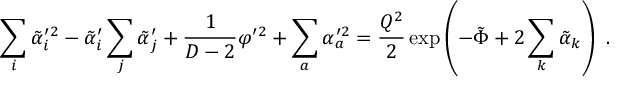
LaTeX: \sum _ { i } \tilde { \alpha } _ { i } ^ { \prime 2 } - \tilde { \alpha } _ { i } ^ { \prime } \sum _ { j } \tilde { \alpha } _ { j } ^ { \prime } + { \frac { 1 } { D - 2 } } \varphi ^ { \prime 2 } + \sum _ { a } \alpha _ { a } ^ { \prime 2 } = { \frac { Q ^ { 2 } } { 2 } } \exp \left( - \tilde { \Phi } + 2 \sum _ { k } \tilde { \alpha } _ { k } \right) \ .